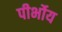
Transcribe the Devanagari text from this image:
पीर्भोय